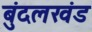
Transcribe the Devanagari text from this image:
बुंदलखंड